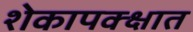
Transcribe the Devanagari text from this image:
शेकापक्क्षात